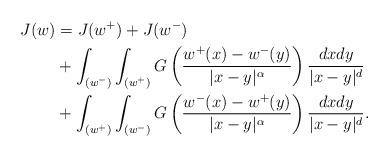
LaTeX: \begin{align*}J(w) &=J(w^+)+J(w^-)\\& +\int_{(w^-)}\int_{(w^+)}G\left( \frac{w^+(x)-w^-(y)}{\vert x-y\vert^{\alpha}}\right)\frac{dxdy}{\vert x-y\vert^{d}} \\&+ \int_{(w^+)}\int_{(w^-)}G\left( \frac{w^-(x)-w^+(y)}{\vert x-y\vert^{\alpha}}\right)\frac{dxdy}{\vert x-y\vert^{d}}. \end{align*}